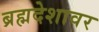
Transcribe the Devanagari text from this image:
ब्रह्मदेशावर